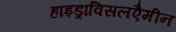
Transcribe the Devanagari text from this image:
हाइड्राविसलएैमीन